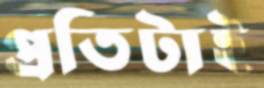
প্রতিটাই